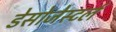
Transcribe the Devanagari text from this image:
डेसोजेस्टर्ल